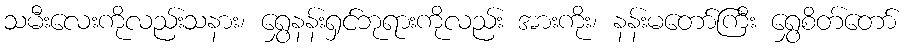
သမီးလေးကိုလည်းသနား၊ ရွှေနန်းရှင်ဘုရားကိုလည်း အားကိုး၊ နန်းမတော်ကြီး ရွှေစိတ်တော်